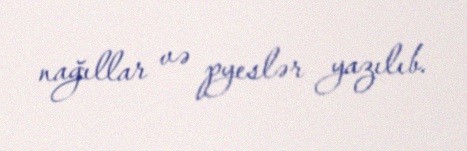
nağıllar və pyeslər yazılıb.